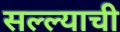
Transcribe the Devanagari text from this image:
सल्ल्याची